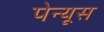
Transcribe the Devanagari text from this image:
पेन्यूस